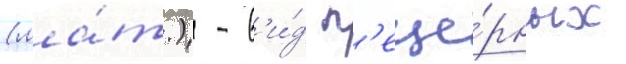
(ла́т.) - в'и́д п'еще́рных